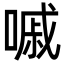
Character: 嘁